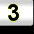
Digit: 3